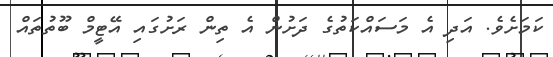
ކަމަށެވެ. އަދި އެ މަސައްކަތުގެ ދަށުން އެ ތިން ރަށުގައި އޭޓީމް ބޫތުތައް